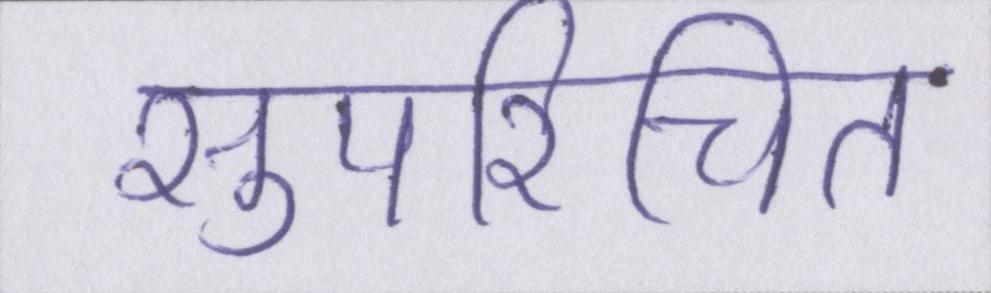
सुपरिचित